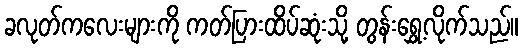
ခလုတ်ကလေးများကို ကတ်ပြားထိပ်ဆုံးသို့ တွန်းရွှေ့လိုက်သည်။